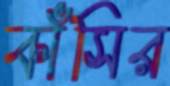
কাঁসির